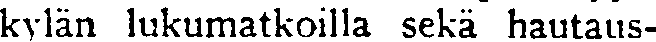
kylän lukumatkoilla sekä hautaus-